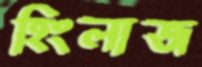
হিংলাজ